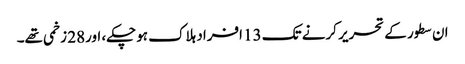
ان سطور کے تحریر کرنے تک 13 افراد ہلاک ہوچکے، اور28 زخمی تھے۔